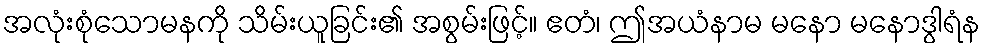
အလုံးစုံသောမနကို သိမ်းယူခြင်း၏ အစွမ်းဖြင့်။ ဧတံ၊ ဤအယံနာမ မနော မနောဒွါရံန